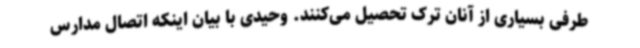
طرفی بسیاری از آنان ترک تحصیل می‌کنند. وحیدی با بیان اینکه اتصال مدارس